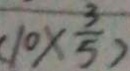
( 1 0 \times \frac { 3 } { 5 } )